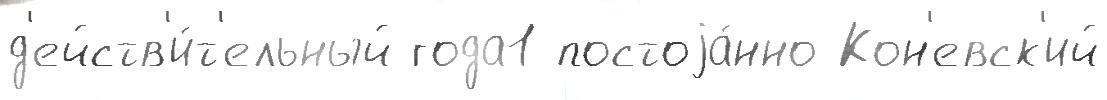
д'ейств'и́т'ельный года1 постоjа́нно Кон'евск'ий